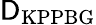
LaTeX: \textrm{\textsf{D}}_{\textrm{KPPBG}}